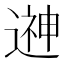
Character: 𨕫